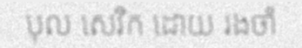
បុល សេវិក ដោយ រងចាំ